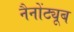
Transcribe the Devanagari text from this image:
नैनोंट्यूब